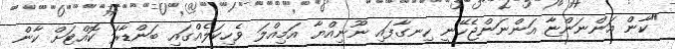
"ކާން އަންނަންޏާ އަންނަންޖެހޭނީ ހިނގާފައި ނޫނިއްޔާ އަމިއްލަ ވެހިކަލެއްގައި ބަންޑާރަ ކޮއްޓަށް ކާން